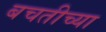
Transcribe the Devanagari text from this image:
बचतीच्या